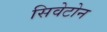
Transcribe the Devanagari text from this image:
सिवेटोन